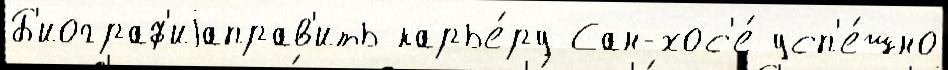
Б'иограф'иjаправ'ить карье́ру Сан-хос'е́ усп'е́шно